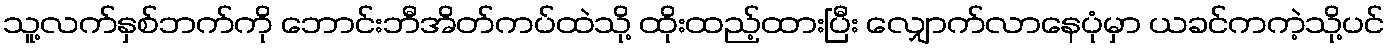
သူ့လက်နှစ်ဘက်ကို ဘောင်းဘီအိတ်ကပ်ထဲသို့ ထိုးထည့်ထားပြီး လျှောက်လာနေပုံမှာ ယခင်ကကဲ့သို့ပင်